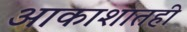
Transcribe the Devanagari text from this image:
आकाशातही